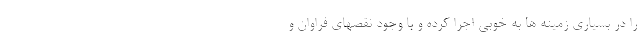
را در بسیاری زمینه ها به خوبی اجرا کرده و با وجود نقصهای فراوان و